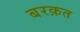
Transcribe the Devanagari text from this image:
बरक़त